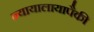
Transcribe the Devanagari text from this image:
न्यायालायापैकी